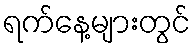
ရက်နေ့များတွင်